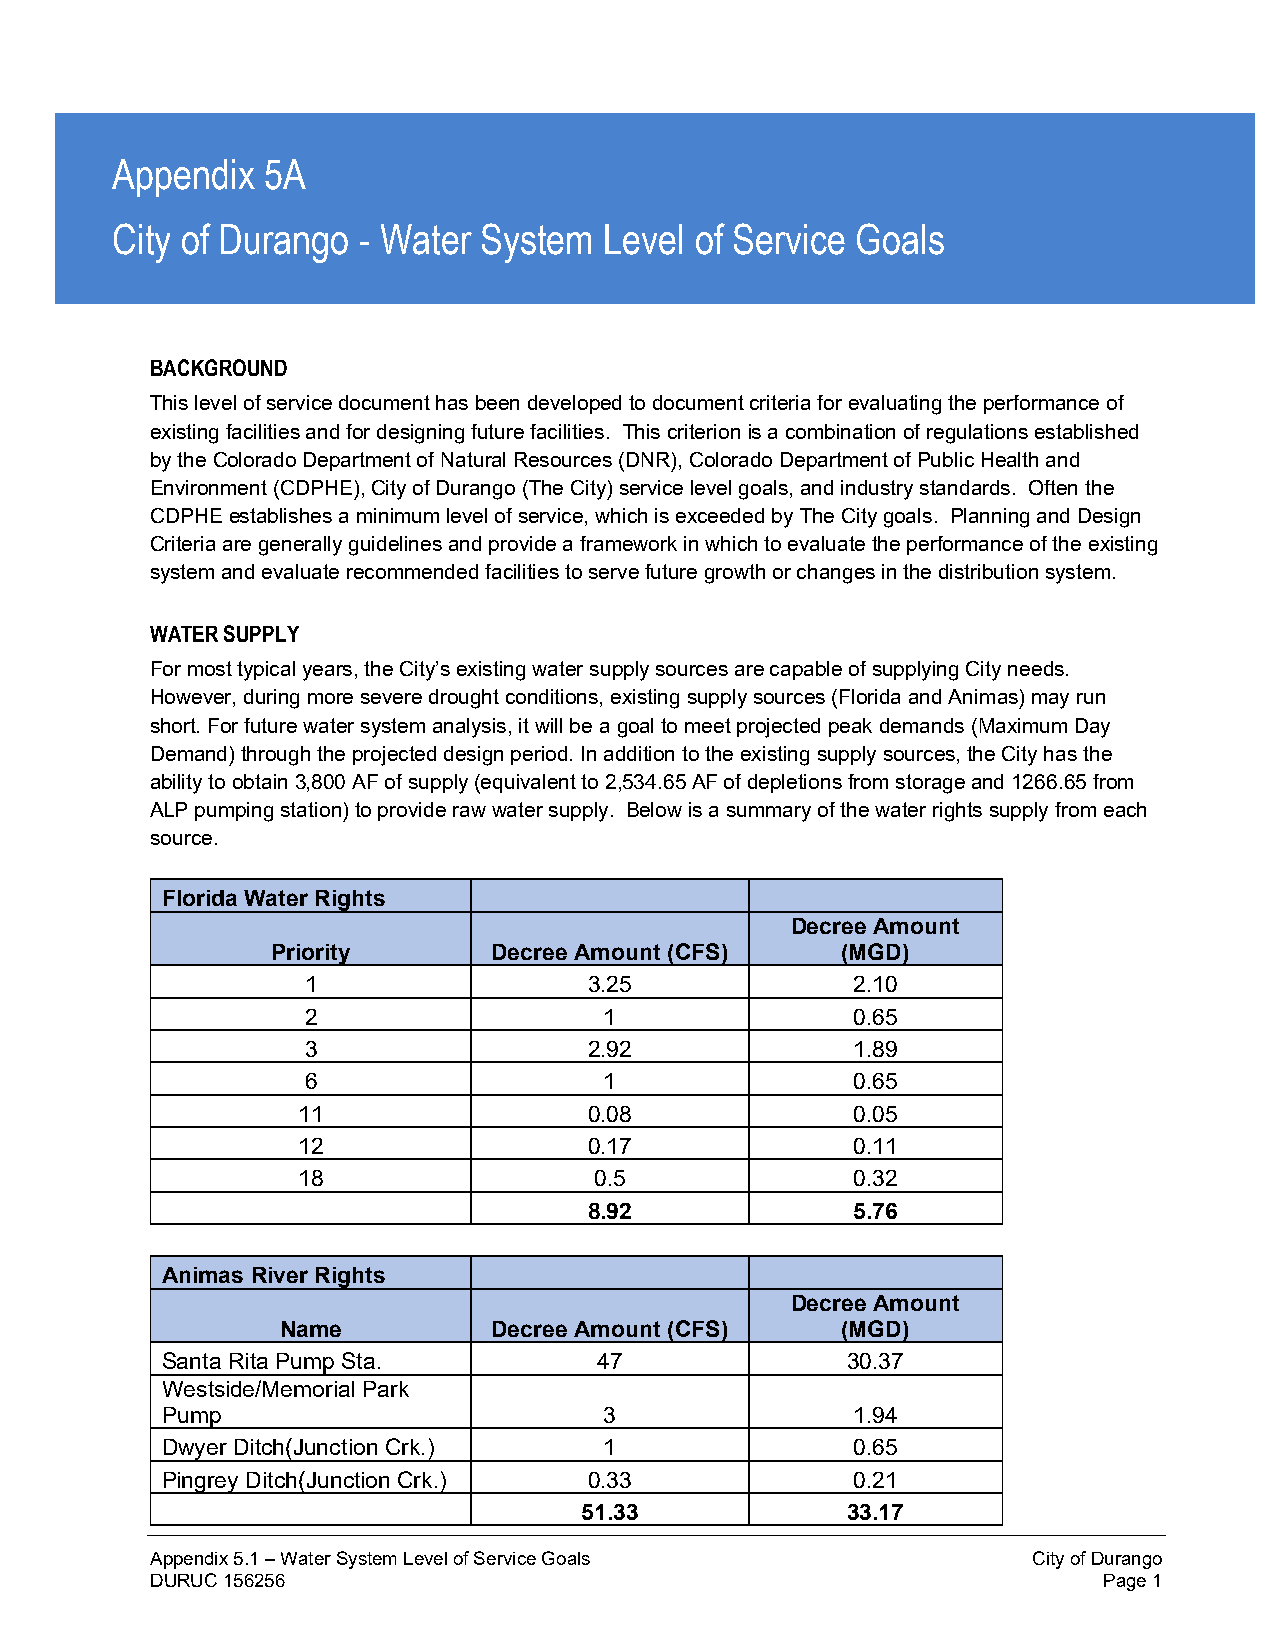
Appendix  5A
 City of Durango  - Water System  Level of Service Goals
 BACKGROUND
 This level of service document has been developed to document criteria for evaluating the performance of
 existing facilities and for designing future facilities. This criterion is a combination of regulations established
 by the Colorado Department of Natural Resources (DNR), Colorado Department of Public Health and
 Environment (CDPHE), City of Durango (The City) service level goals, and industry standards. Often the
 CDPHE establishes a minimum level of service, which is exceeded by The City goals. Planning and Design
 Criteria are generally guidelines and provide a framework in which to evaluate the performance of the existing
 system and evaluate recommended facilities to serve future growth or changes in the distribution system.
 WATER SUPPLY
 For most typical years, the City’s existing water supply sources are capable of supplying City needs.
 However, during more severe drought conditions, existing supply sources (Florida and Animas) may run
 short. For future water system analysis, it will be a goal to meet projected peak demands (Maximum Day
 Demand) through the projected design period. In addition to the existing supply sources, the City has the
 ability to obtain 3,800 AF of supply (equivalent to 2,534.65 AF of depletions from storage and 1266.65 from
 ALP pumping station) to provide raw water supply. Below is a summary of the water rights supply from each
 source.
 Florida Water Rights
 Decree Amount
 Priority       Decree Amount (CFS)    (MGD)
 1                  3.25             2.10
 2                   1               0.65
 3                  2.92             1.89
 6                   1               0.65
 11                 0.08             0.05
 12                 0.17             0.11
 18                 0.5              0.32
 8.92             5.76
 Animas River Rights
 Decree Amount
 Name          Decree Amount (CFS)    (MGD)
 Santa Rita Pump Sta.         47              30.37
 Westside/Memorial Park
 Pump                         3               1.94
 Dwyer Ditch(Junction Crk.)   1               0.65
 Pingrey Ditch(Junction Crk.) 0.33            0.21
 51.33             33.17
 Appendix 5.1 – Water System Level of Service Goals        City of Durango
 DURUC 156256                                                   Page 1